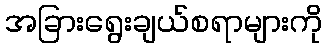
အခြားရွေးချယ်စရာများကို